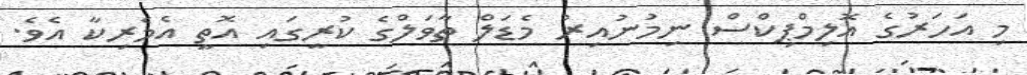
މި އަހަރުގެ އޮލިމްޕިކްސް ނިމުނުއިރު މެޑަލް ތާވަލްގެ ކުރީގައި އޮތީ އެމެރިކާ އެވެ.